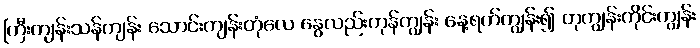
ကြီးကျန်းသန်ကျန်း သောင်းကျန်းတုံလေ နွေလည်းကုန်ကျွန်း နေ့ရက်ကျွန်း၍ တုကျွန်းကိုင်းကျွန်း